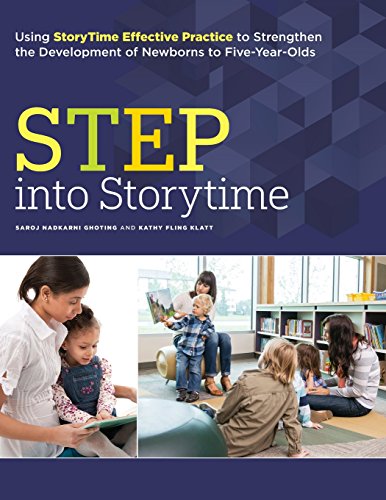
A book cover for STEP into Storytime: Using StoryTime Effective Practice to Strengthen the Development of Newborns to Five-Year-Olds; Saroj Nadkarni Ghoting; Parenting & Relationships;